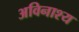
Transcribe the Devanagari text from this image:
अविनाश्य